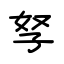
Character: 孥